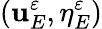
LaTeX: (\mathbf{u}_{E}^{\varepsilon},\eta_{E}^{\varepsilon})